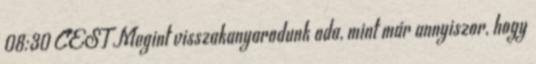
08:30 CEST Megint visszakanyarodunk oda, mint már annyiszor, hogy